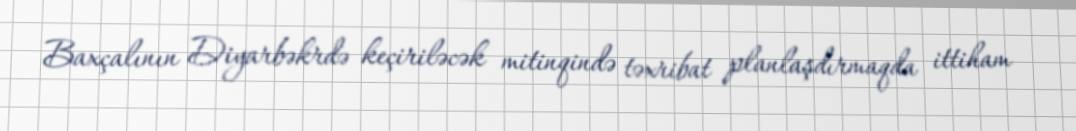
Baxçalının Diyarbəkrdə keçiriləcək mitinqində təxribat planlaşdırmaqda ittiham